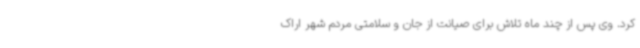
کرد. وی پس از چند ماه تلاش برای صیانت از جان و سلامتی مردم شهر اراک